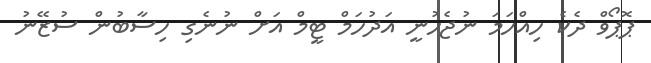
ޕޮޕޯވް ދެކެ ހިއްހަމަ ނުޖެހުނީ އަދުހަމް ޓީމް އަށް ނުނެގި ހިސާބުން ސުޒޭނު